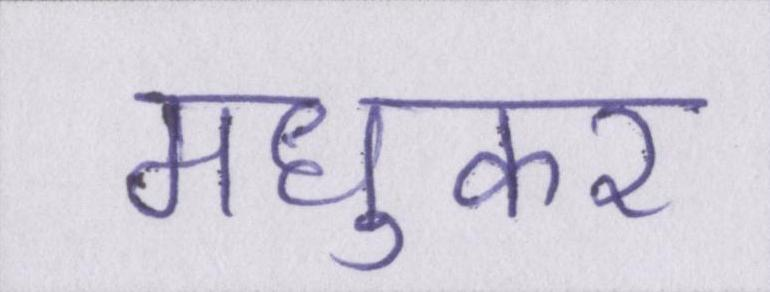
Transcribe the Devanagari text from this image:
मधुकर